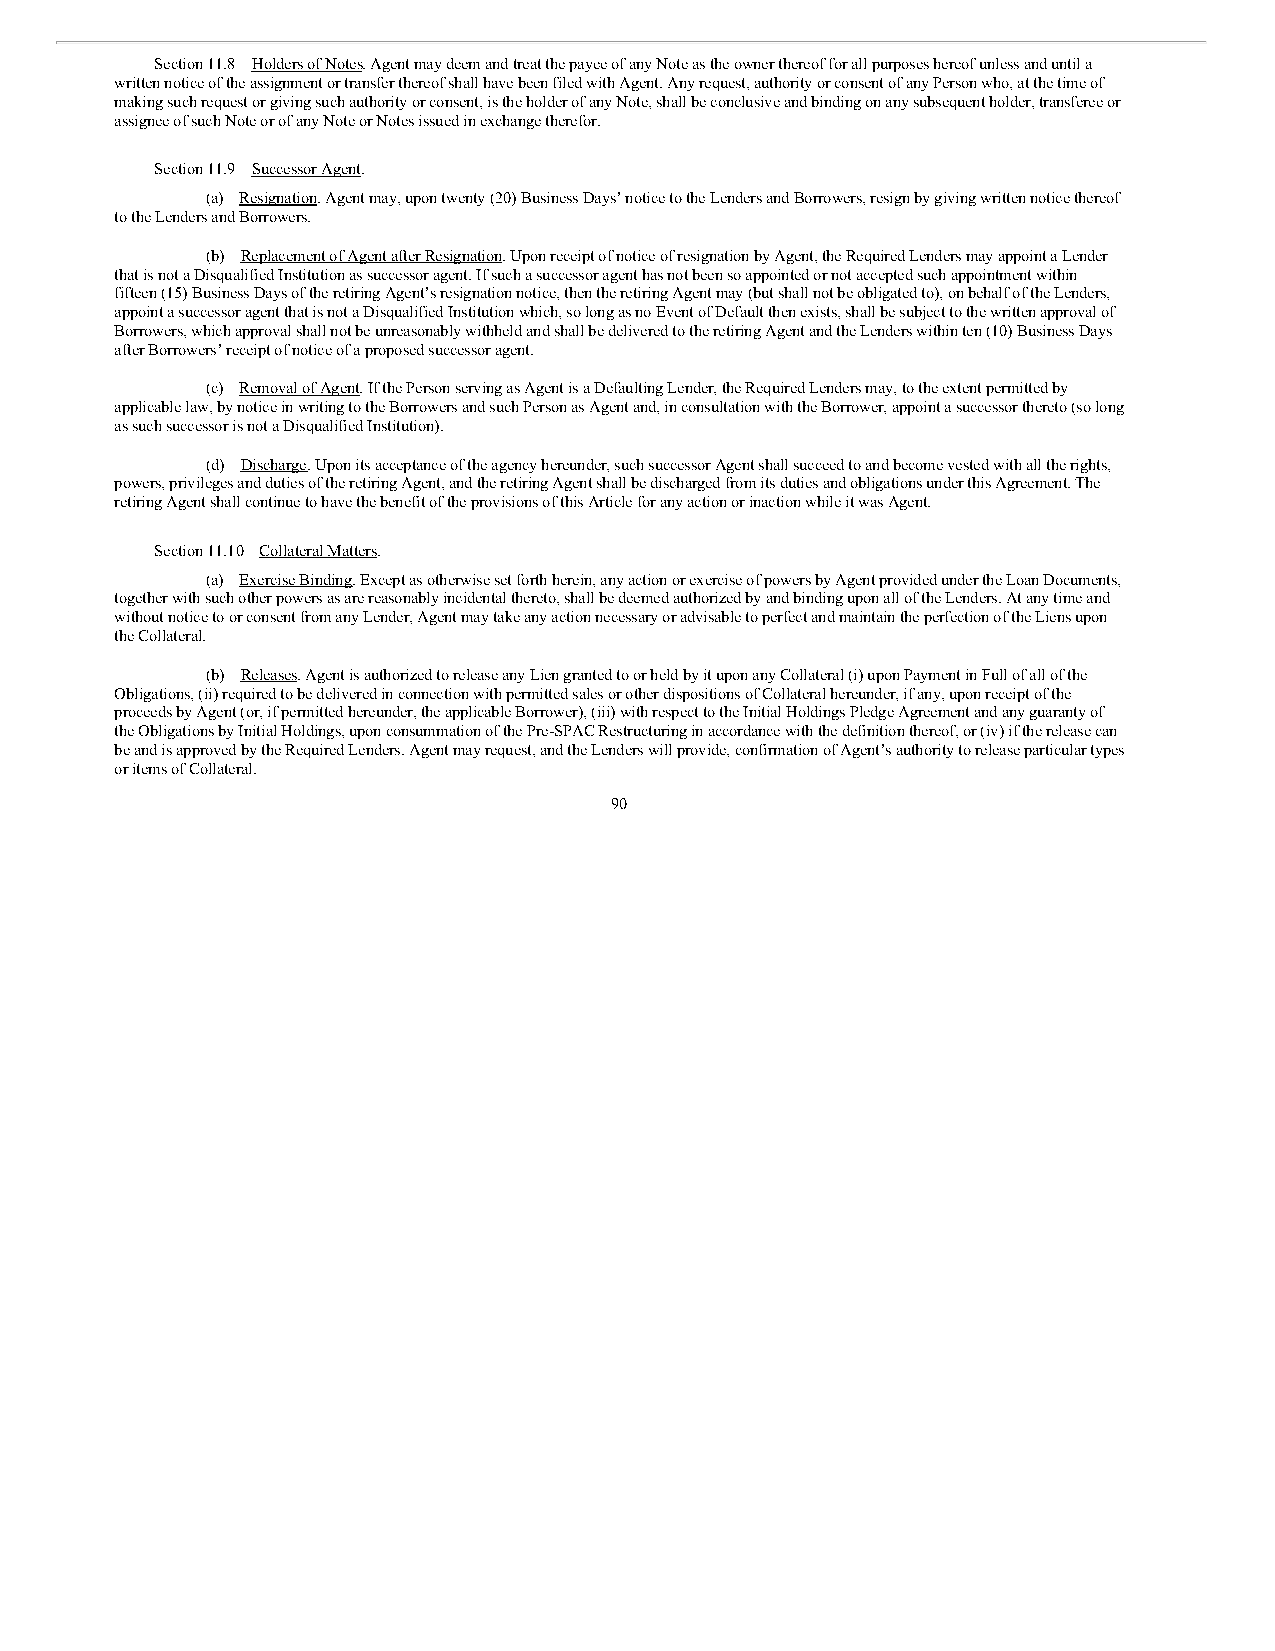
Section 11.8 Holders of Notes. Agent may deem and treat the payee of any Note as the owner thereof for all purposes hereof unless and until a
 written notice of the assignment or transfer thereof shall have been filed with Agent. Any request, authority or consent of any Person who, at the time of
 making such request or giving such authority or consent, is the holder of any Note, shall be conclusive and binding on any subsequent holder, transferee or
 assignee of such Note or of any Note or Notes issued in exchange therefor.
 Section 11.9 Successor Agent.
 (a) Resignation. Agent may, upon twenty (20) Business Days’ notice to the Lenders and Borrowers, resign by giving written notice thereof
 to the Lenders and Borrowers.
 (b) Replacement of Agent after Resignation. Upon receipt of notice of resignation by Agent, the Required Lenders may appoint a Lender
 that is not a Disqualified Institution as successor agent. If such a successor agent has not been so appointed or not accepted such appointment within
 fifteen (15) Business Days of the retiring Agent’s resignation notice, then the retiring Agent may (but shall not be obligated to), on behalf of the Lenders,
 appoint a successor agent that is not a Disqualified Institution which, so long as no Event of Default then exists, shall be subject to the written approval of
 Borrowers, which approval shall not be unreasonably withheld and shall be delivered to the retiring Agent and the Lenders within ten (10) Business Days
 after Borrowers’ receipt of notice of a proposed successor agent.
 (c) Removal of Agent. If the Person serving as Agent is a Defaulting Lender, the Required Lenders may, to the extent permitted by
 applicable law, by notice in writing to the Borrowers and such Person as Agent and, in consultation with the Borrower, appoint a successor thereto (so long
 as such successor is not a Disqualified Institution).
 (d) Discharge. Upon its acceptance of the agency hereunder, such successor Agent shall succeed to and become vested with all the rights,
 powers, privileges and duties of the retiring Agent, and the retiring Agent shall be discharged from its duties and obligations under this Agreement. The
 retiring Agent shall continue to have the benefit of the provisions of this Article for any action or inaction while it was Agent.
 Section 11.10 Collateral Matters.
 (a) Exercise Binding. Except as otherwise set forth herein, any action or exercise of powers by Agent provided under the Loan Documents,
 together with such other powers as are reasonably incidental thereto, shall be deemed authorized by and binding upon all of the Lenders. At any time and
 without notice to or consent from any Lender, Agent may take any action necessary or advisable to perfect and maintain the perfection of the Liens upon
 the Collateral.
 (b) Releases. Agent is authorized to release any Lien granted to or held by it upon any Collateral (i) upon Payment in Full of all of the
 Obligations, (ii) required to be delivered in connection with permitted sales or other dispositions of Collateral hereunder, if any, upon receipt of the
 proceeds by Agent (or, if permitted hereunder, the applicable Borrower), (iii) with respect to the Initial Holdings Pledge Agreement and any guaranty of
 the Obligations by Initial Holdings, upon consummation of the Pre-SPAC Restructuring in accordance with the definition thereof, or (iv) if the release can
 be and is approved by the Required Lenders. Agent may request, and the Lenders will provide, confirmation of Agent’s authority to release particular types
 or items of Collateral.
 90